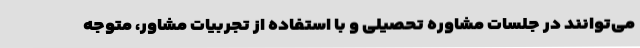
می‌توانند در جلسات مشاوره تحصیلی و با استفاده از تجربیات مشاور، متوجه